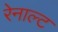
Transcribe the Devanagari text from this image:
रेनाल्ट